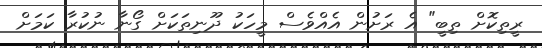
ރީތިކޮށް ތިބީ" އެ ރަށުން އެއްވެސް މީހަކު ދޫނިތަކަށް ގޯނާ ނުކުރާ ކަމަށް